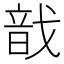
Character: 戠